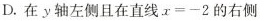
D.在y轴左侧且在直线$$x = - 2$$的右侧